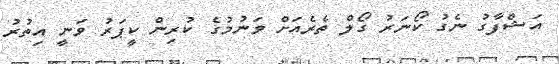
އަޝްފާގު ނެގު ކޯނަރު ގޯލް ތެރެއަށް ވަނުމުގެ ކުރިން ކީޕަރު ވަނީ އިތުރު